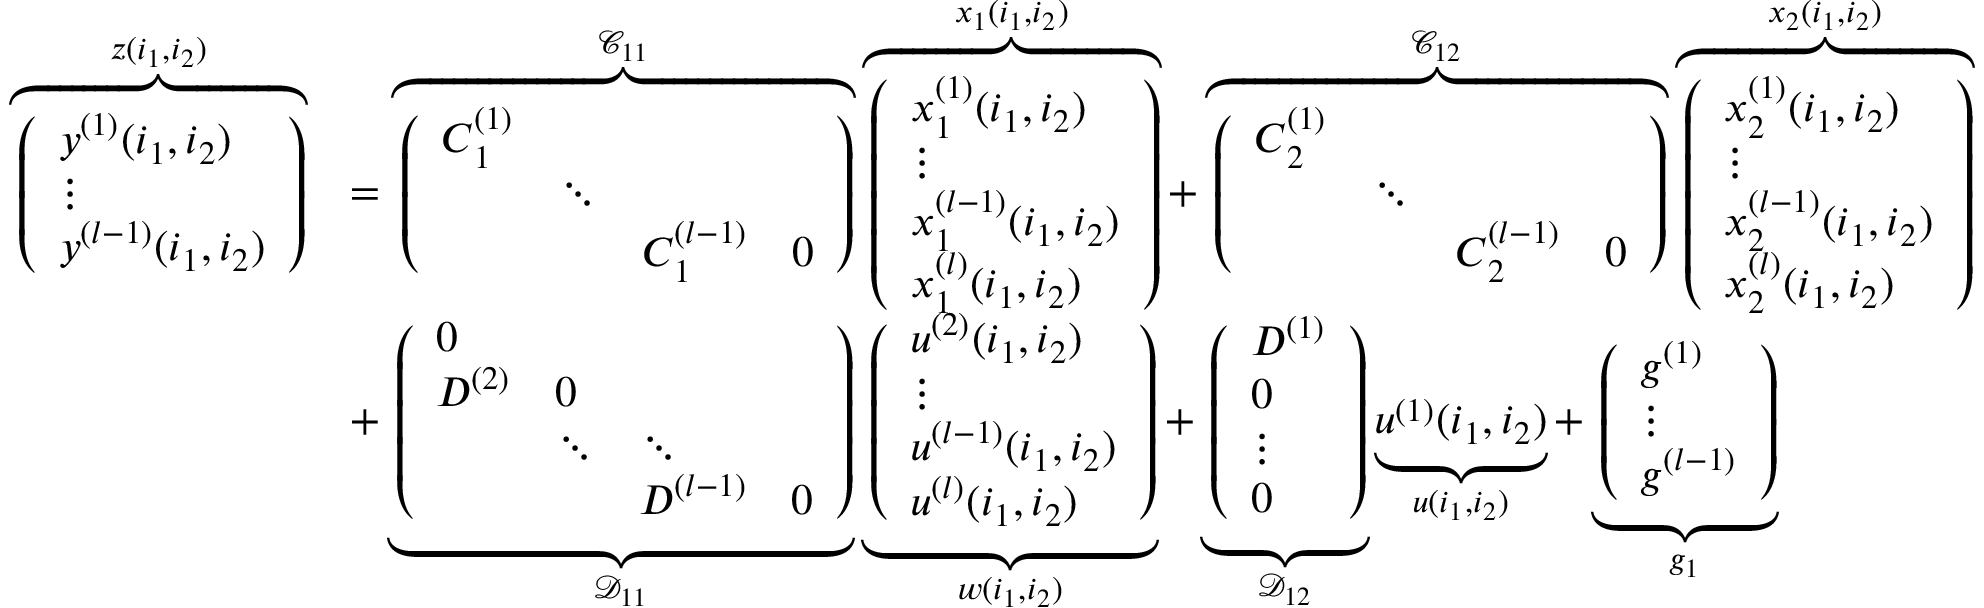
\begin{array} { r l } { \overbrace { \left( \begin{array} { l } { y ^ { ( 1 ) } ( i _ { 1 } , i _ { 2 } ) } \\ { \vdots } \\ { y ^ { ( l - 1 ) } ( i _ { 1 } , i _ { 2 } ) } \end{array} \right) } ^ { z ( i _ { 1 } , i _ { 2 } ) } } & { = \overbrace { \left( \begin{array} { l l l l } { \boldsymbol { C } _ { 1 } ^ { ( 1 ) } } & & & \\ & { \ddots } & & \\ & & { \boldsymbol { C } _ { 1 } ^ { ( l - 1 ) } } & { 0 } \end{array} \right) } ^ { \mathcal { C } _ { 1 1 } } \overbrace { \left( \begin{array} { l } { x _ { 1 } ^ { ( 1 ) } ( i _ { 1 } , i _ { 2 } ) } \\ { \vdots } \\ { x _ { 1 } ^ { ( l - 1 ) } ( i _ { 1 } , i _ { 2 } ) } \\ { x _ { 1 } ^ { ( l ) } ( i _ { 1 } , i _ { 2 } ) } \end{array} \right) } ^ { x _ { 1 } ( i _ { 1 } , i _ { 2 } ) } + \overbrace { \left( \begin{array} { l l l l } { \boldsymbol { C } _ { 2 } ^ { ( 1 ) } } & & & \\ & { \ddots } & & \\ & & { \boldsymbol { C } _ { 2 } ^ { ( l - 1 ) } } & { 0 } \end{array} \right) } ^ { \mathcal { C } _ { 1 2 } } \overbrace { \left( \begin{array} { l } { x _ { 2 } ^ { ( 1 ) } ( i _ { 1 } , i _ { 2 } ) } \\ { \vdots } \\ { x _ { 2 } ^ { ( l - 1 ) } ( i _ { 1 } , i _ { 2 } ) } \\ { x _ { 2 } ^ { ( l ) } ( i _ { 1 } , i _ { 2 } ) } \end{array} \right) } ^ { x _ { 2 } ( i _ { 1 } , i _ { 2 } ) } } \\ & { + \underbrace { \left( \begin{array} { l l l l } { 0 } & & & \\ { \boldsymbol { D } ^ { ( 2 ) } } & { 0 } & \\ & { \ddots } & { \ddots } & \\ & & { \boldsymbol { D } ^ { ( l - 1 ) } } & { 0 } \end{array} \right) } _ { \mathcal { D } _ { 1 1 } } \underbrace { \left( \begin{array} { l } { u ^ { ( 2 ) } ( i _ { 1 } , i _ { 2 } ) } \\ { \vdots } \\ { u ^ { ( l - 1 ) } ( i _ { 1 } , i _ { 2 } ) } \\ { u ^ { ( l ) } ( i _ { 1 } , i _ { 2 } ) } \end{array} \right) } _ { w ( i _ { 1 } , i _ { 2 } ) } + \underbrace { \left( \begin{array} { l } { \boldsymbol { D } ^ { ( 1 ) } } \\ { 0 } \\ { \vdots } \\ { 0 } \end{array} \right) } _ { \mathcal { D } _ { 1 2 } } \underbrace { u ^ { ( 1 ) } ( i _ { 1 } , i _ { 2 } ) } _ { u ( i _ { 1 } , i _ { 2 } ) } + \underbrace { \left( \begin{array} { l } { g ^ { ( 1 ) } } \\ { \vdots } \\ { g ^ { ( l - 1 ) } } \end{array} \right) } _ { g _ { 1 } } } \end{array}